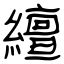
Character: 繵